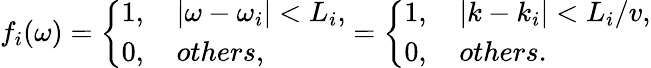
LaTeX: f_{i}(\omega)=\left\{ \begin{array}{ll}{1,\quad|\omega-\omega_{i}|<L_{i},}\\ {0,\quad others,}\end{array}\right.=\left\{ \begin{array}{ll}{1,\quad|k-k_{i}|<L_{i}/v,}\\ {0,\quad others.}\end{array}\right.